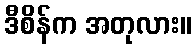
ဒီစိန်က အတုလား။